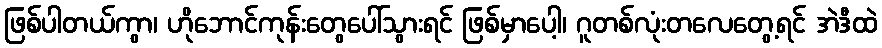
ဖြစ်ပါတယ်ကွာ၊ ဟိုဘောင်ကုန်းတွေပေါ်သွားရင် ဖြစ်မှာပေါ့၊ ဂူတစ်လုံးတလေတွေ့ရင် အဲဒီထဲ